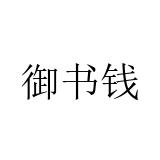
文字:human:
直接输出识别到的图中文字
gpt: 御书钱